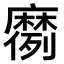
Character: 𫜗